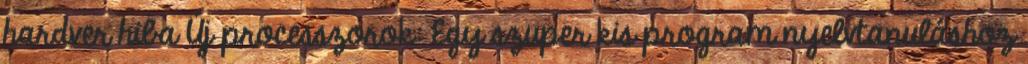
hardver hiba Új processzorok: Egy szuper kis program nyelvtanuláshoz